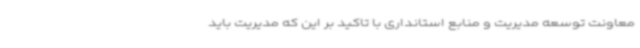
معاونت توسعه مدیریت و منابع استانداری با تاکید بر این که مدیریت باید